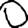
Digit: 0